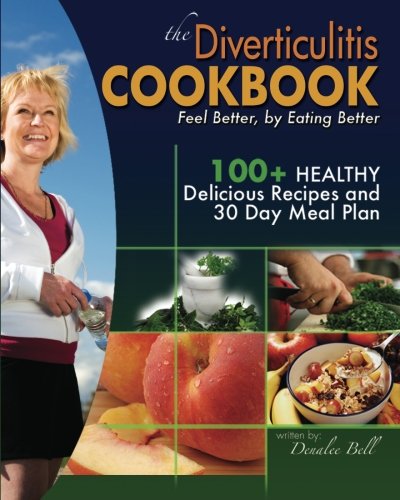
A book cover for The Diverticulitis Cookbook: Feel Better, by Eating Better: 30 Day Meal Plan and Recipes; Denalee C Bell; Health, Fitness & Dieting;